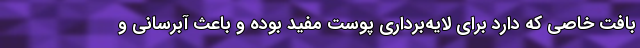
بافت خاصی که دارد برای لایه‌برداری پوست مفید بوده و باعث آبرسانی و